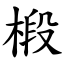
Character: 椴